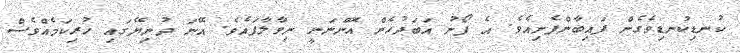
ކުނޑިކުނޑިވެގެން ފައިބާންފެށިއެވެ. އެ ފޯނު އަބަދުހެން އޮންނަނީ ނިވާލާފައެވެ. އޭނަ ދުނިޔޭގައި ހުރިކަމެއްވެސް